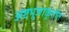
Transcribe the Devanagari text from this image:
अष्टभुजाकृतीत